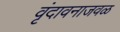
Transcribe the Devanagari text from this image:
वृंदावनाजवळ